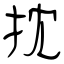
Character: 抌